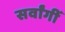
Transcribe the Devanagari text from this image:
सर्वांगीं